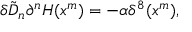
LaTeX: \delta \tilde { D } _ { n } \partial ^ { n } H ( x ^ { m } ) = - \alpha \delta ^ { 8 } ( x ^ { m } ) ,